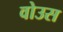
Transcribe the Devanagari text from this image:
वोउस